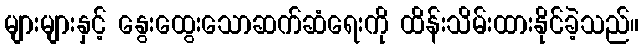
များများနှင့် နွေးထွေးသောဆက်ဆံရေးကို ထိန်းသိမ်းထားနိုင်ခဲ့သည်။